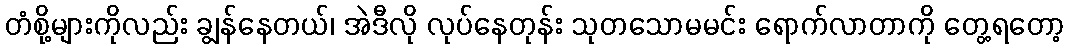
တံစို့များကိုလည်း ချွန်နေတယ်၊ အဲဒီလို လုပ်နေတုန်း သုတသောမမင်း ရောက်လာတာကို တွေ့ရတော့